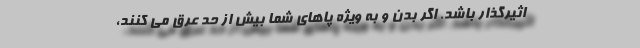
اثیرگذار باشد. اگر بدن و به ویژه پاهای شما بیش از حد عرق می کنند،